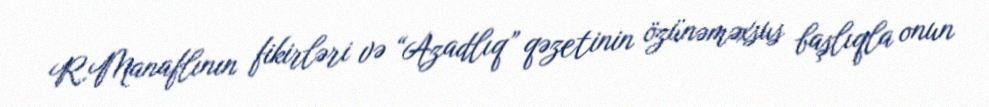
R.Manaflının fikirləri və “Azadlıq” qəzetinin özünəməxsus başlıqla onun